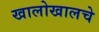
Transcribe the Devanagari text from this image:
खालोखालचे